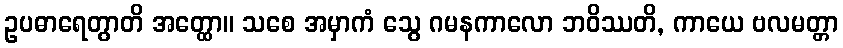
ဥပဓာရေတွာတိ အတ္ထော။ သစေ အမှာကံ သွေ ဂမနကာလော ဘဝိဿတိ, ကာယေ ဗလမတ္တာ